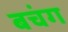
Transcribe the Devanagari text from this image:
बचंग